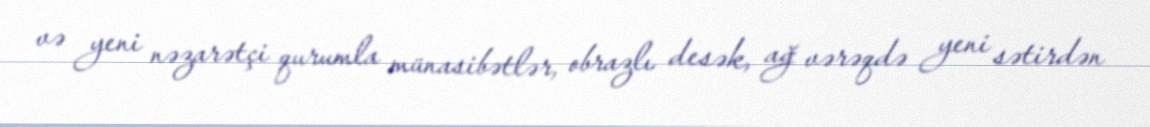
və yeni nəzarətçi qurumla münasibətlər, obrazlı desək, ağ vərəqdə yeni sətirdən